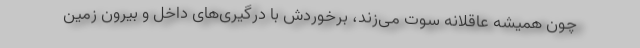
چون همیشه عاقلانه سوت می‌زند، برخوردش با درگیری‌های داخل و بیرون زمین